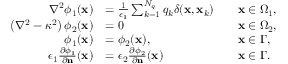
\begin{array} { r l r l } { \nabla ^ { 2 } \phi _ { 1 } ( \mathbf { x } ) } & { = \frac { 1 } { \epsilon _ { 1 } } \sum _ { k = 1 } ^ { N _ { q } } q _ { k } \delta ( \mathbf { x } , \mathbf { x } _ { k } ) } & & { \mathbf { x } \in \Omega _ { 1 } , } \\ { \left( \nabla ^ { 2 } - \kappa ^ { 2 } \right) \phi _ { 2 } ( \mathbf { x } ) } & { = 0 } & & { \mathbf { x } \in \Omega _ { 2 } , } \\ { \phi _ { 1 } ( \mathbf { x } ) } & { = \phi _ { 2 } ( \mathbf { x } ) , } & & { \mathbf { x } \in \Gamma , } \\ { \epsilon _ { 1 } \frac { \partial \phi _ { 1 } } { \partial \mathbf { n } } ( \mathbf { x } ) } & { = \epsilon _ { 2 } \frac { \partial \phi _ { 2 } } { \partial \mathbf { n } } ( \mathbf { x } ) } & & { \mathbf { x } \in \Gamma . } \end{array}